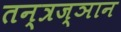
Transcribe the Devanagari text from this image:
तन्त्रज्ञान